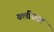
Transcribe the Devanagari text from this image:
क्लीवता